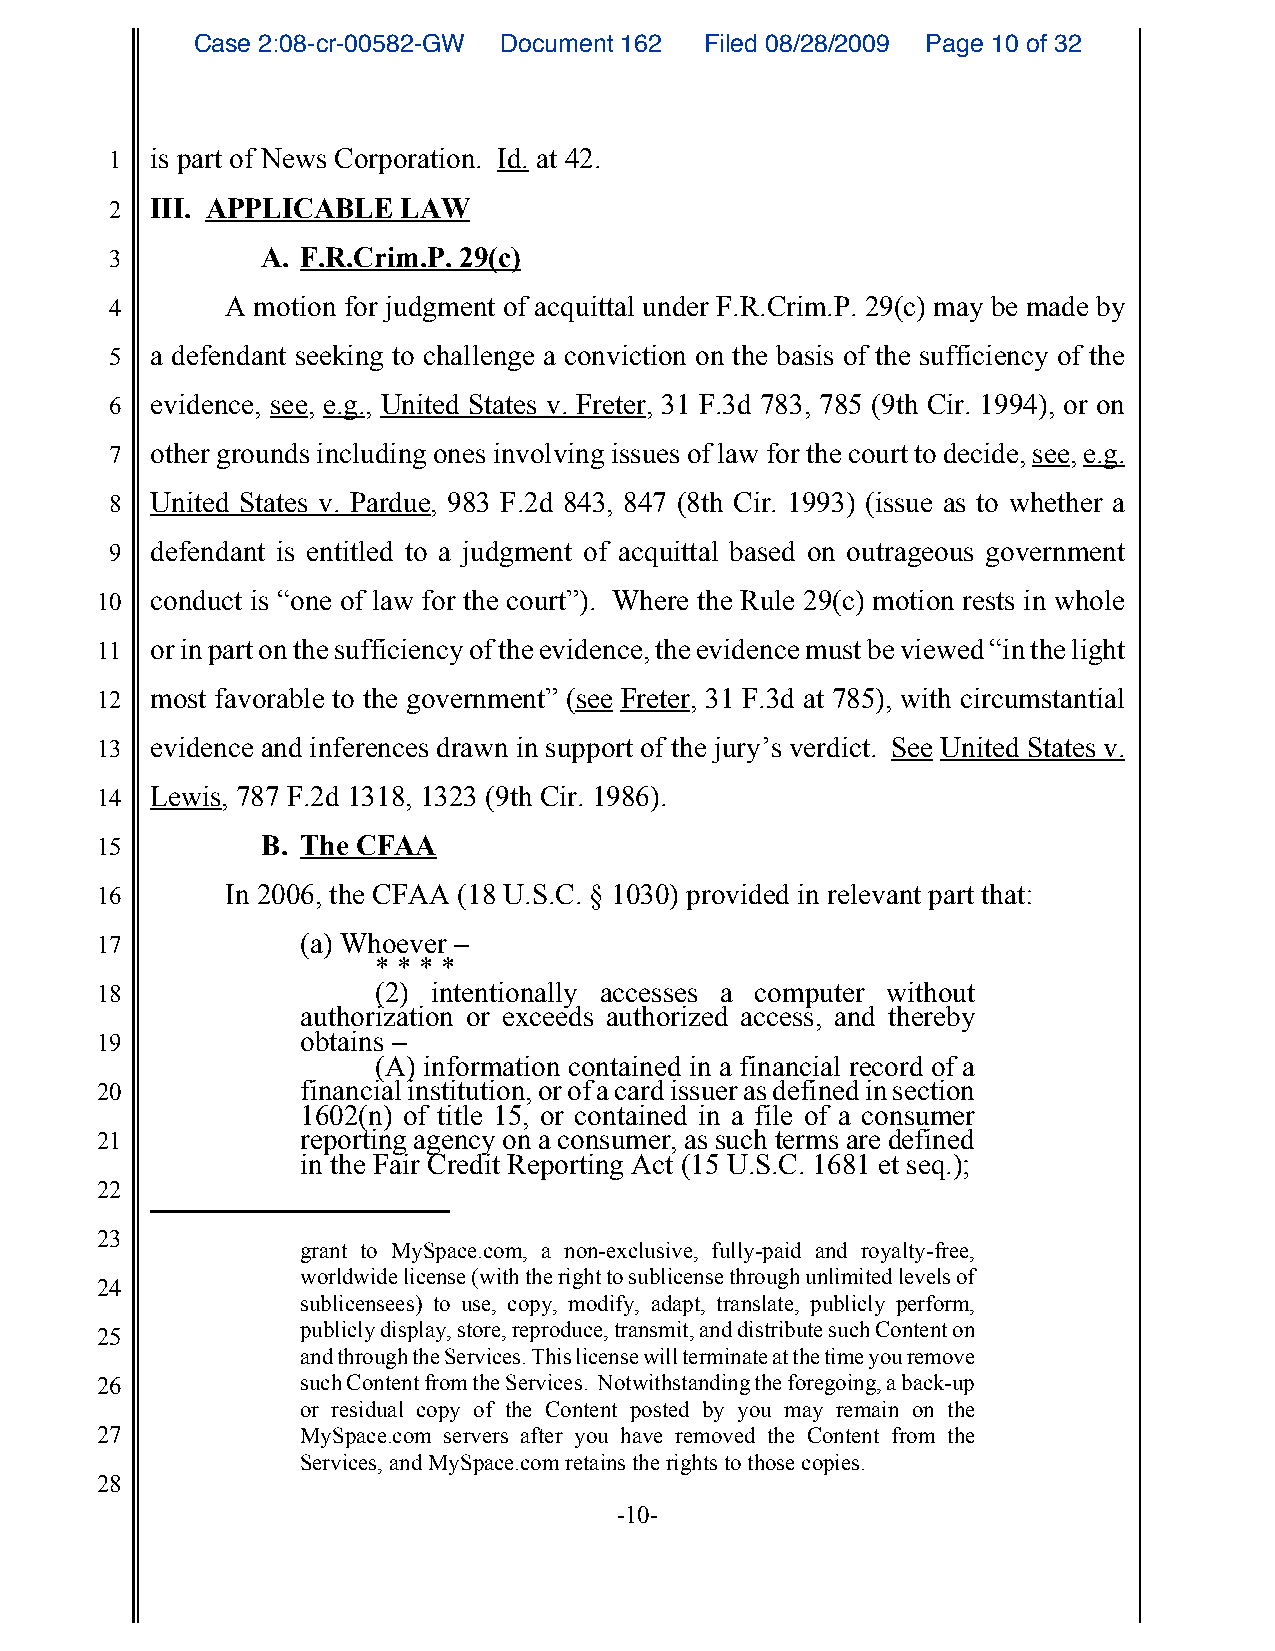
Case 2:08-cr-00582-GW Document 162 Filed 08/28/2009 Page 10 of 32
 1  is part of News Corporation. Id. at 42.
 2  III. APPLICABLE  LAW
 3         A. F.R.Crim.P. 29(c)
 4       A motion for judgment of acquittal under F.R.Crim.P. 29(c) may be made by
 5  a defendant seeking to challenge a conviction on the basis of the sufficiency of the
 6  evidence, see, e.g., United States v. Freter, 31 F.3d 783, 785 (9th Cir. 1994), or on
 7  other grounds including ones involving issues of law for the court to decide, see, e.g.
 8  United States v. Pardue, 983 F.2d 843, 847 (8th Cir. 1993) (issue as to whether a
 9  defendant is entitled to a judgment of acquittal based on outrageous government
 10  conduct is “one of law for the court”). Where the Rule 29(c) motion rests in whole
 11  or in part on the sufficiency of the evidence, the evidence must be viewed “in the light
 12  most favorable to the government” (see Freter, 31 F.3d at 785), with circumstantial
 13  evidence and inferences drawn in support of the jury’s verdict. See United States v.
 14  Lewis, 787 F.2d 1318, 1323 (9th Cir. 1986).
 15         B. The CFAA
 16       In 2006, the CFAA (18 U.S.C. § 1030) provided in relevant part that:
 17            (a) Whoever –
 * * * *
 18                 (2) intentionally accesses a computer without
 authorization or exceeds authorized access, and thereby
 19            obtains –
 (A) information contained in a financial record of a
 20            financial institution, or of a card issuer as defined in section
 1602(n) of title 15, or contained in a file of a consumer
 21            reporting agency on a consumer, as such terms are defined
 in the Fair Credit Reporting Act (15 U.S.C. 1681 et seq.);
 22
 23
 grant to MySpace.com, a non-exclusive, fully-paid and royalty-free,
 worldwide license (with the right to sublicense through unlimited levels of
 24
 sublicensees) to use, copy, modify, adapt, translate, publicly perform,
 publicly display, store, reproduce, transmit, and distribute such Content on
 25
 and through the Services. This license will terminate at the time you remove
 26            such Content from the Services. Notwithstanding the foregoing, a back-up
 or residual copy of the Content posted by you may remain on the
 27            MySpace.com servers after you have removed the Content from the
 Services, and MySpace.com retains the rights to those copies.
 28
 -10-